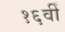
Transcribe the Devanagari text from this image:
१६वीँ